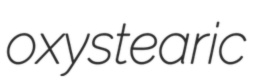
oxystearic